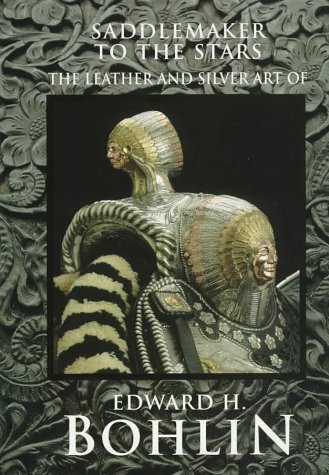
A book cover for Saddlemaker to the Stars: The Leather and Silver Art of Edward H. Bohlin; James H. Nottage; Crafts, Hobbies & Home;